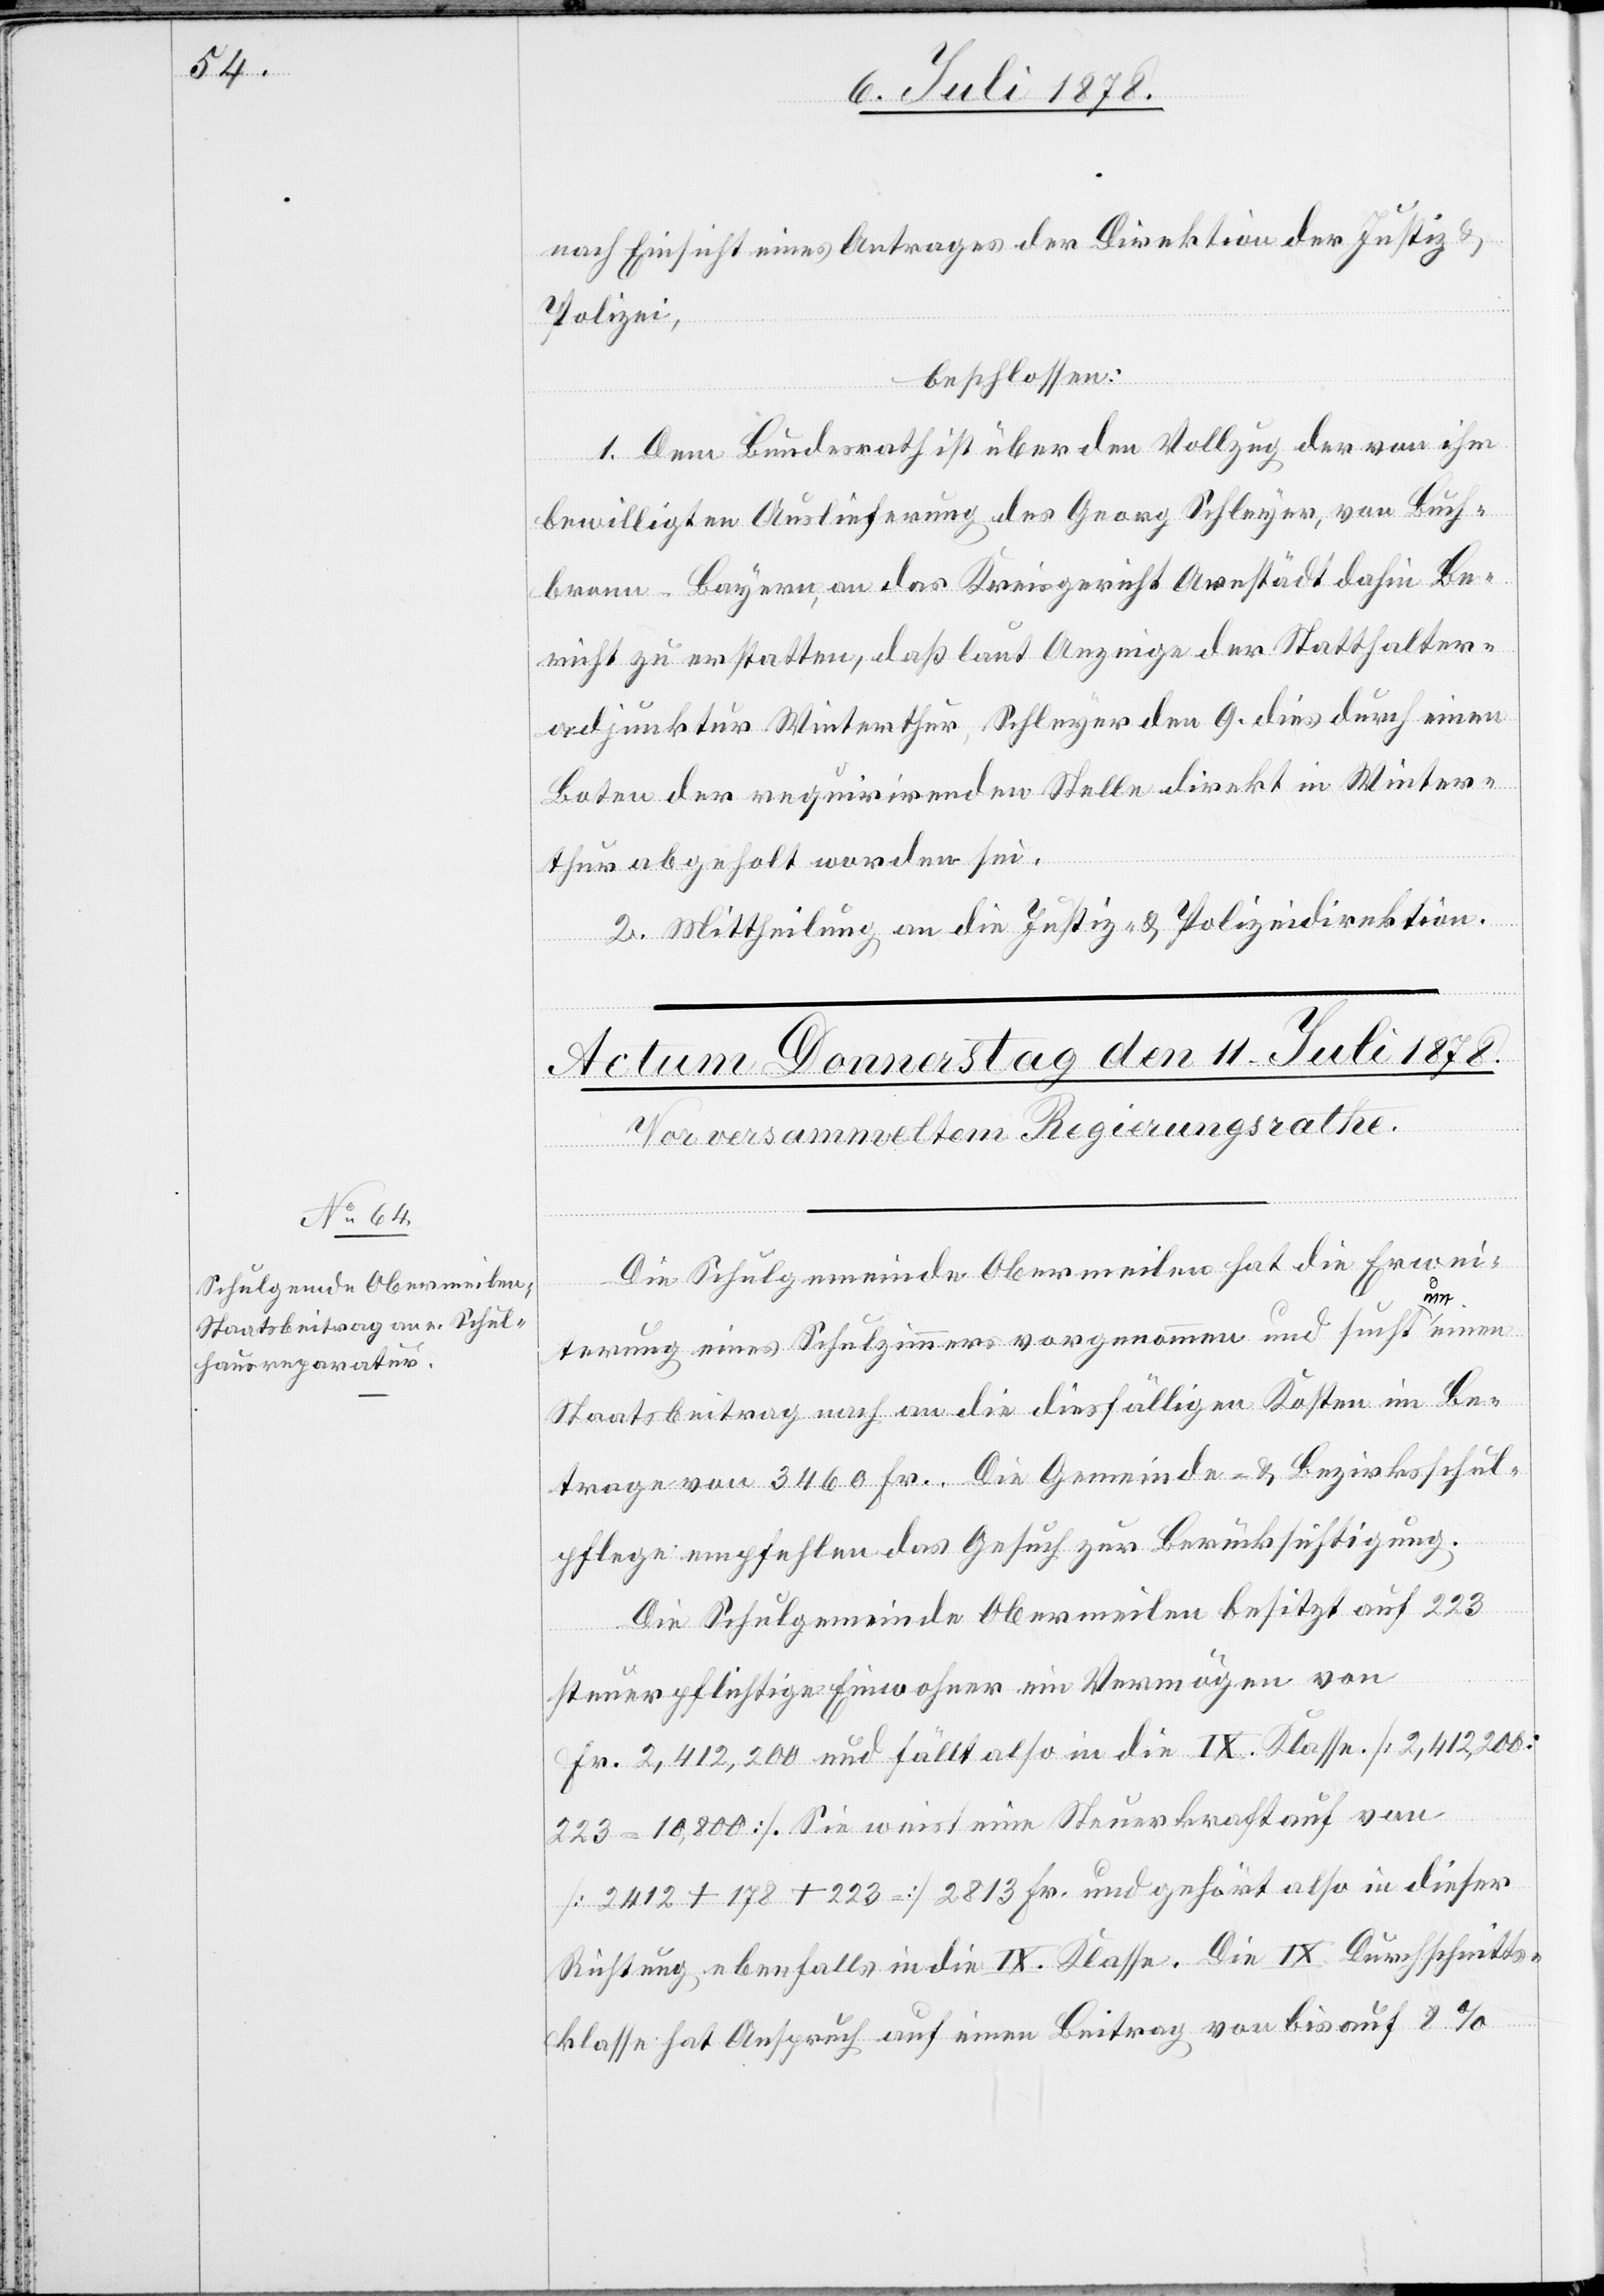
nach Einsicht eines Antrages der Direktion der Justiz &
Polizei,
beschlossen:
1. Dem Bundesrath ist über den Vollzug der von ihm
bewilligten Auslieferung des Georg Schleyer, von Buch¬
bronn - Bayern, an das Kreisgericht Arenstädt dahin Be¬
richt zu erstatten, daß laut Anzeige der Statthalter¬
adjunktur Winterthur, Schleyer den 9. dies durch einen
Boten der requirirenden Stelle direkt in Winter¬
thur abgeholt worden sei.
2. Mittheilung an die Justiz- & Polizeidirektion.